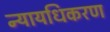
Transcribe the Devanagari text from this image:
न्‍यायधिकरण